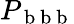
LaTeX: P_{\mathrm{~b~b~b~}}